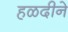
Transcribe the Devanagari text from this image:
हळदीने